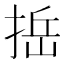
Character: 捳